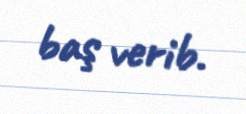
baş verib.